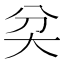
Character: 𡗯